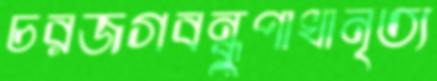
চরজগবন্ধুপাখানৃত্য